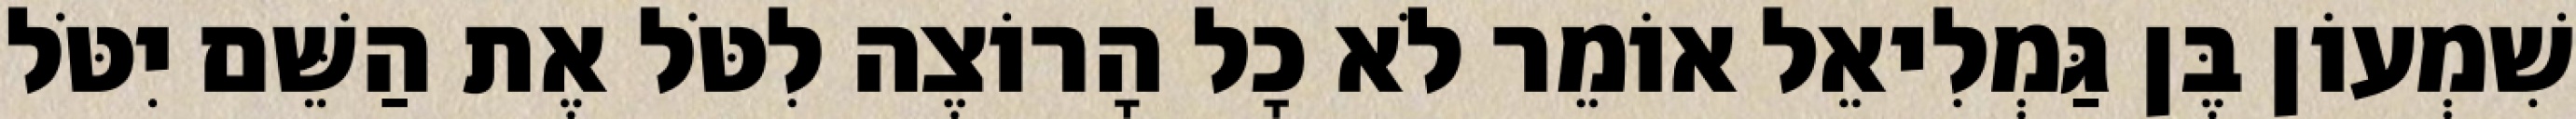
שִׁמְעוֹן בֶּן גַּמְלִיאֵל אוֹמֵר לֹא כָל הָרוֹצֶה לִטֹּל אֶת הַשֵּׁם יִטֹּל